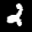
Label: 2